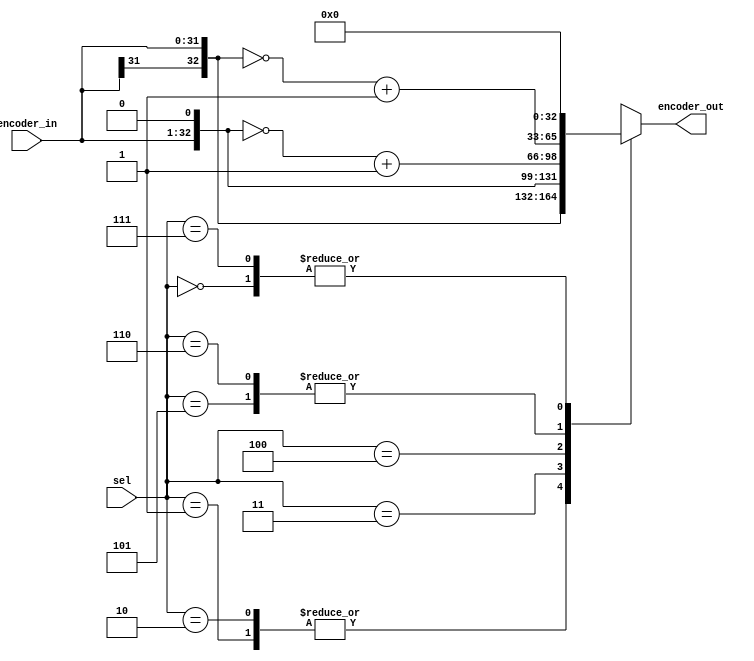
`timescale 1ns / 1ps
//////////////////////////////////////////////////////////////////////////////////
// Company: 
// Engineer: 
// 
// Design Name: 
// Module Name: encoder
// Project Name: 
// Target Devices: 
// Tool Versions: 
// Description: 
// 
// Dependencies: 
// 
// Revision:
// Revision 0.01 - File Created
// Additional Comments:
// 
//////////////////////////////////////////////////////////////////////////////////


module encoder(encoder_in,sel,encoder_out);		//booth encoder
	input [31:0] encoder_in;
	input [2:0] sel;
	output reg [32:0] encoder_out;
	
	always@ (*)
	begin
		case(sel)
			3'b000: encoder_out<=32'd0;	//0
			3'b001: encoder_out<={encoder_in[31],encoder_in};	//x
			3'b010: encoder_out<={encoder_in[31],encoder_in};	//x
			3'b011: encoder_out<={encoder_in,1'b0};				//2x
			3'b100: encoder_out<=~{encoder_in,1'b0}+1'b1;		//-2x
			3'b101: encoder_out<=~{encoder_in[31],encoder_in}+1'b1;		//-x
			3'b110: encoder_out<=~{encoder_in[31],encoder_in}+1'b1;		//-x
			3'b111: encoder_out<=32'd0;		//0
		endcase
	end
endmodule